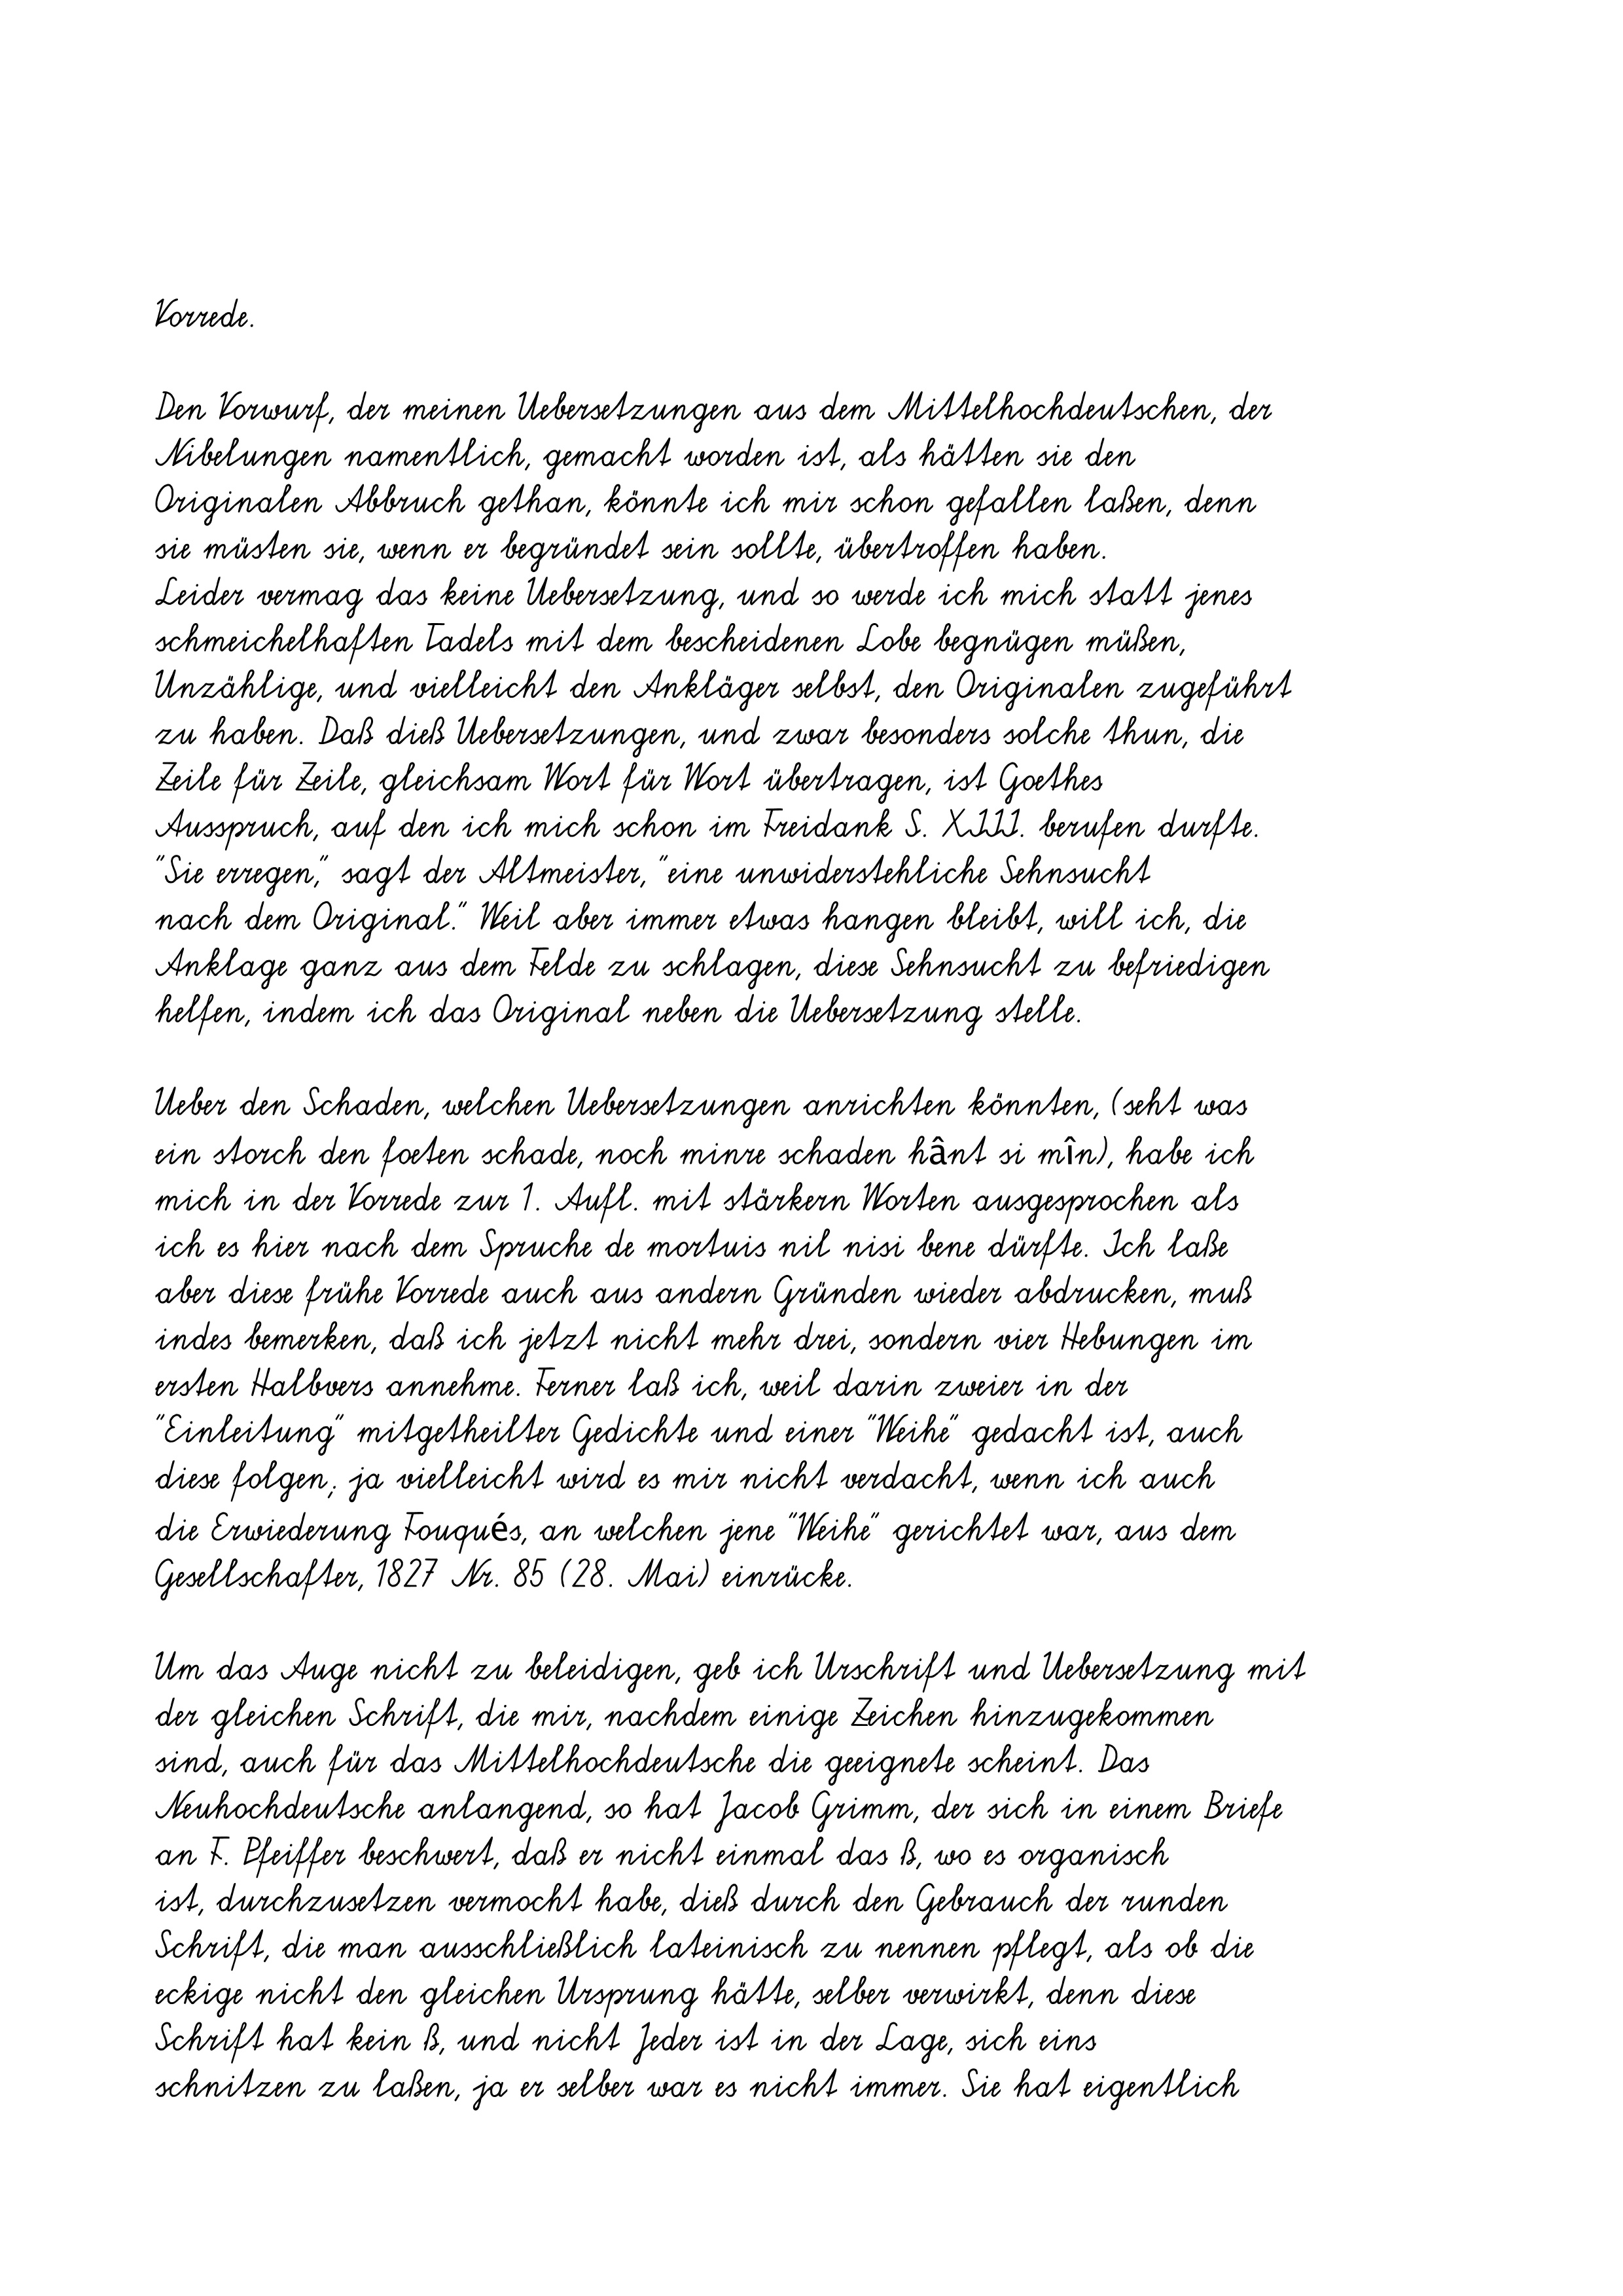
Vorrede.
Den Vorwurf, der meinen Uebersetzungen aus dem Mittelhochdeutschen, der
Nibelungen namentlich, gemacht worden ist, als hätten sie den
Originalen Abbruch gethan, könnte ich mir schon gefallen laßen, denn
sie müsten sie, wenn er begründet sein sollte, übertroffen haben.
Leider vermag das keine Uebersetzung, und so werde ich mich statt jenes
schmeichelhaften Tadels mit dem bescheidenen Lobe begnügen müßen,
Unzählige, und vielleicht den Ankläger selbst, den Originalen zugeführt
zu haben. Daß dieß Uebersetzungen, und zwar besonders solche thun, die
Zeile für Zeile, gleichsam Wort für Wort übertragen, ist Goethes
Ausspruch, auf den ich mich schon im Freidank S. XIII. berufen durfte.
"Sie erregen," sagt der Altmeister, "eine unwiderstehliche Sehnsucht
nach dem Original." Weil aber immer etwas hangen bleibt, will ich, die
Anklage ganz aus dem Felde zu schlagen, diese Sehnsucht zu befriedigen
helfen, indem ich das Original neben die Uebersetzung stelle.
Ueber den Schaden, welchen Uebersetzungen anrichten könnten, (seht was
ein storch den foeten schade, noch minre schaden hânt si mîn), habe ich
mich in der Vorrede zur 1. Aufl. mit stärkern Worten ausgesprochen als
ich es hier nach dem Spruche de mortuis nil nisi bene dürfte. Ich laße
aber diese frühe Vorrede auch aus andern Gründen wieder abdrucken, muß
indes bemerken, daß ich jetzt nicht mehr drei, sondern vier Hebungen im
ersten Halbvers annehme. Ferner laß ich, weil darin zweier in der
"Einleitung" mitgetheilter Gedichte und einer "Weihe" gedacht ist, auch
diese folgen; ja vielleicht wird es mir nicht verdacht, wenn ich auch
die Erwiederung Fouqués, an welchen jene "Weihe" gerichtet war, aus dem
Gesellschafter, 1827 Nr. 85 (28. Mai) einrücke.
Um das Auge nicht zu beleidigen, geb ich Urschrift und Uebersetzung mit
der gleichen Schrift, die mir, nachdem einige Zeichen hinzugekommen
sind, auch für das Mittelhochdeutsche die geeignete scheint. Das
Neuhochdeutsche anlangend, so hat Jacob Grimm, der sich in einem Briefe
an F. Pfeiffer beschwert, daß er nicht einmal das ß, wo es organisch
ist, durchzusetzen vermocht habe, dieß durch den Gebrauch der runden
Schrift, die man ausschließlich lateinisch zu nennen pflegt, als ob die
eckige nicht den gleichen Ursprung hätte, selber verwirkt, denn diese
Schrift hat kein ß, und nicht Jeder ist in der Lage, sich eins
schnitzen zu laßen, ja er selber war es nicht immer. Sie hat eigentlich